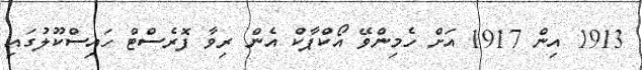
1913 އިން 1917 އަށް ހެމިންވޭ އޯކްޕާކް އެން ރިވާ ފޮރެސްޓް ހައިސްކޫލުގައި